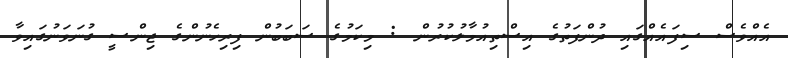
އެއްވެސް ސިފައެއްގައި ދުންފަތުގެ އިސްތިއުމާލުކުރުން : މިކަމުގެ ސަބަބުން ފިރިހެނުންގެ ޖިންސީ ގުނަވަނުގައިވާ